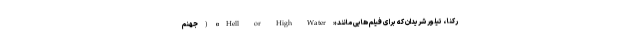
رکنا ، تیلور شریدان که برای فیلم هایی مانند «Hell or High Water» (جهنم